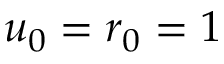
u _ { 0 } = r _ { 0 } = 1